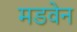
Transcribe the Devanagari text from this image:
मडवेन